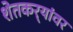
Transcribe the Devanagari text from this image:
शेतकर्‍यांवर